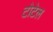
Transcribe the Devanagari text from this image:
टोटेल